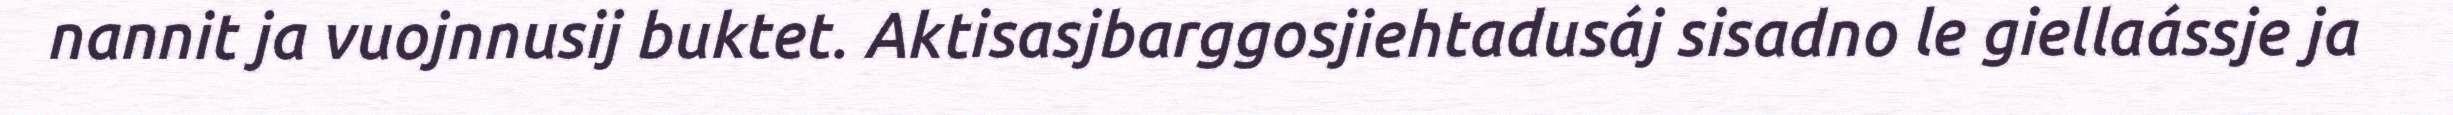
nannit ja vuojnnusij buktet. Aktisasjbarggosjiehtadusáj sisadno le giellaássje ja